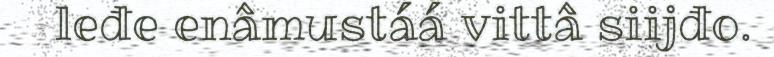
leđe enâmustáá vittâ siijđo.